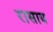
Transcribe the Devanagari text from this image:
रासाय